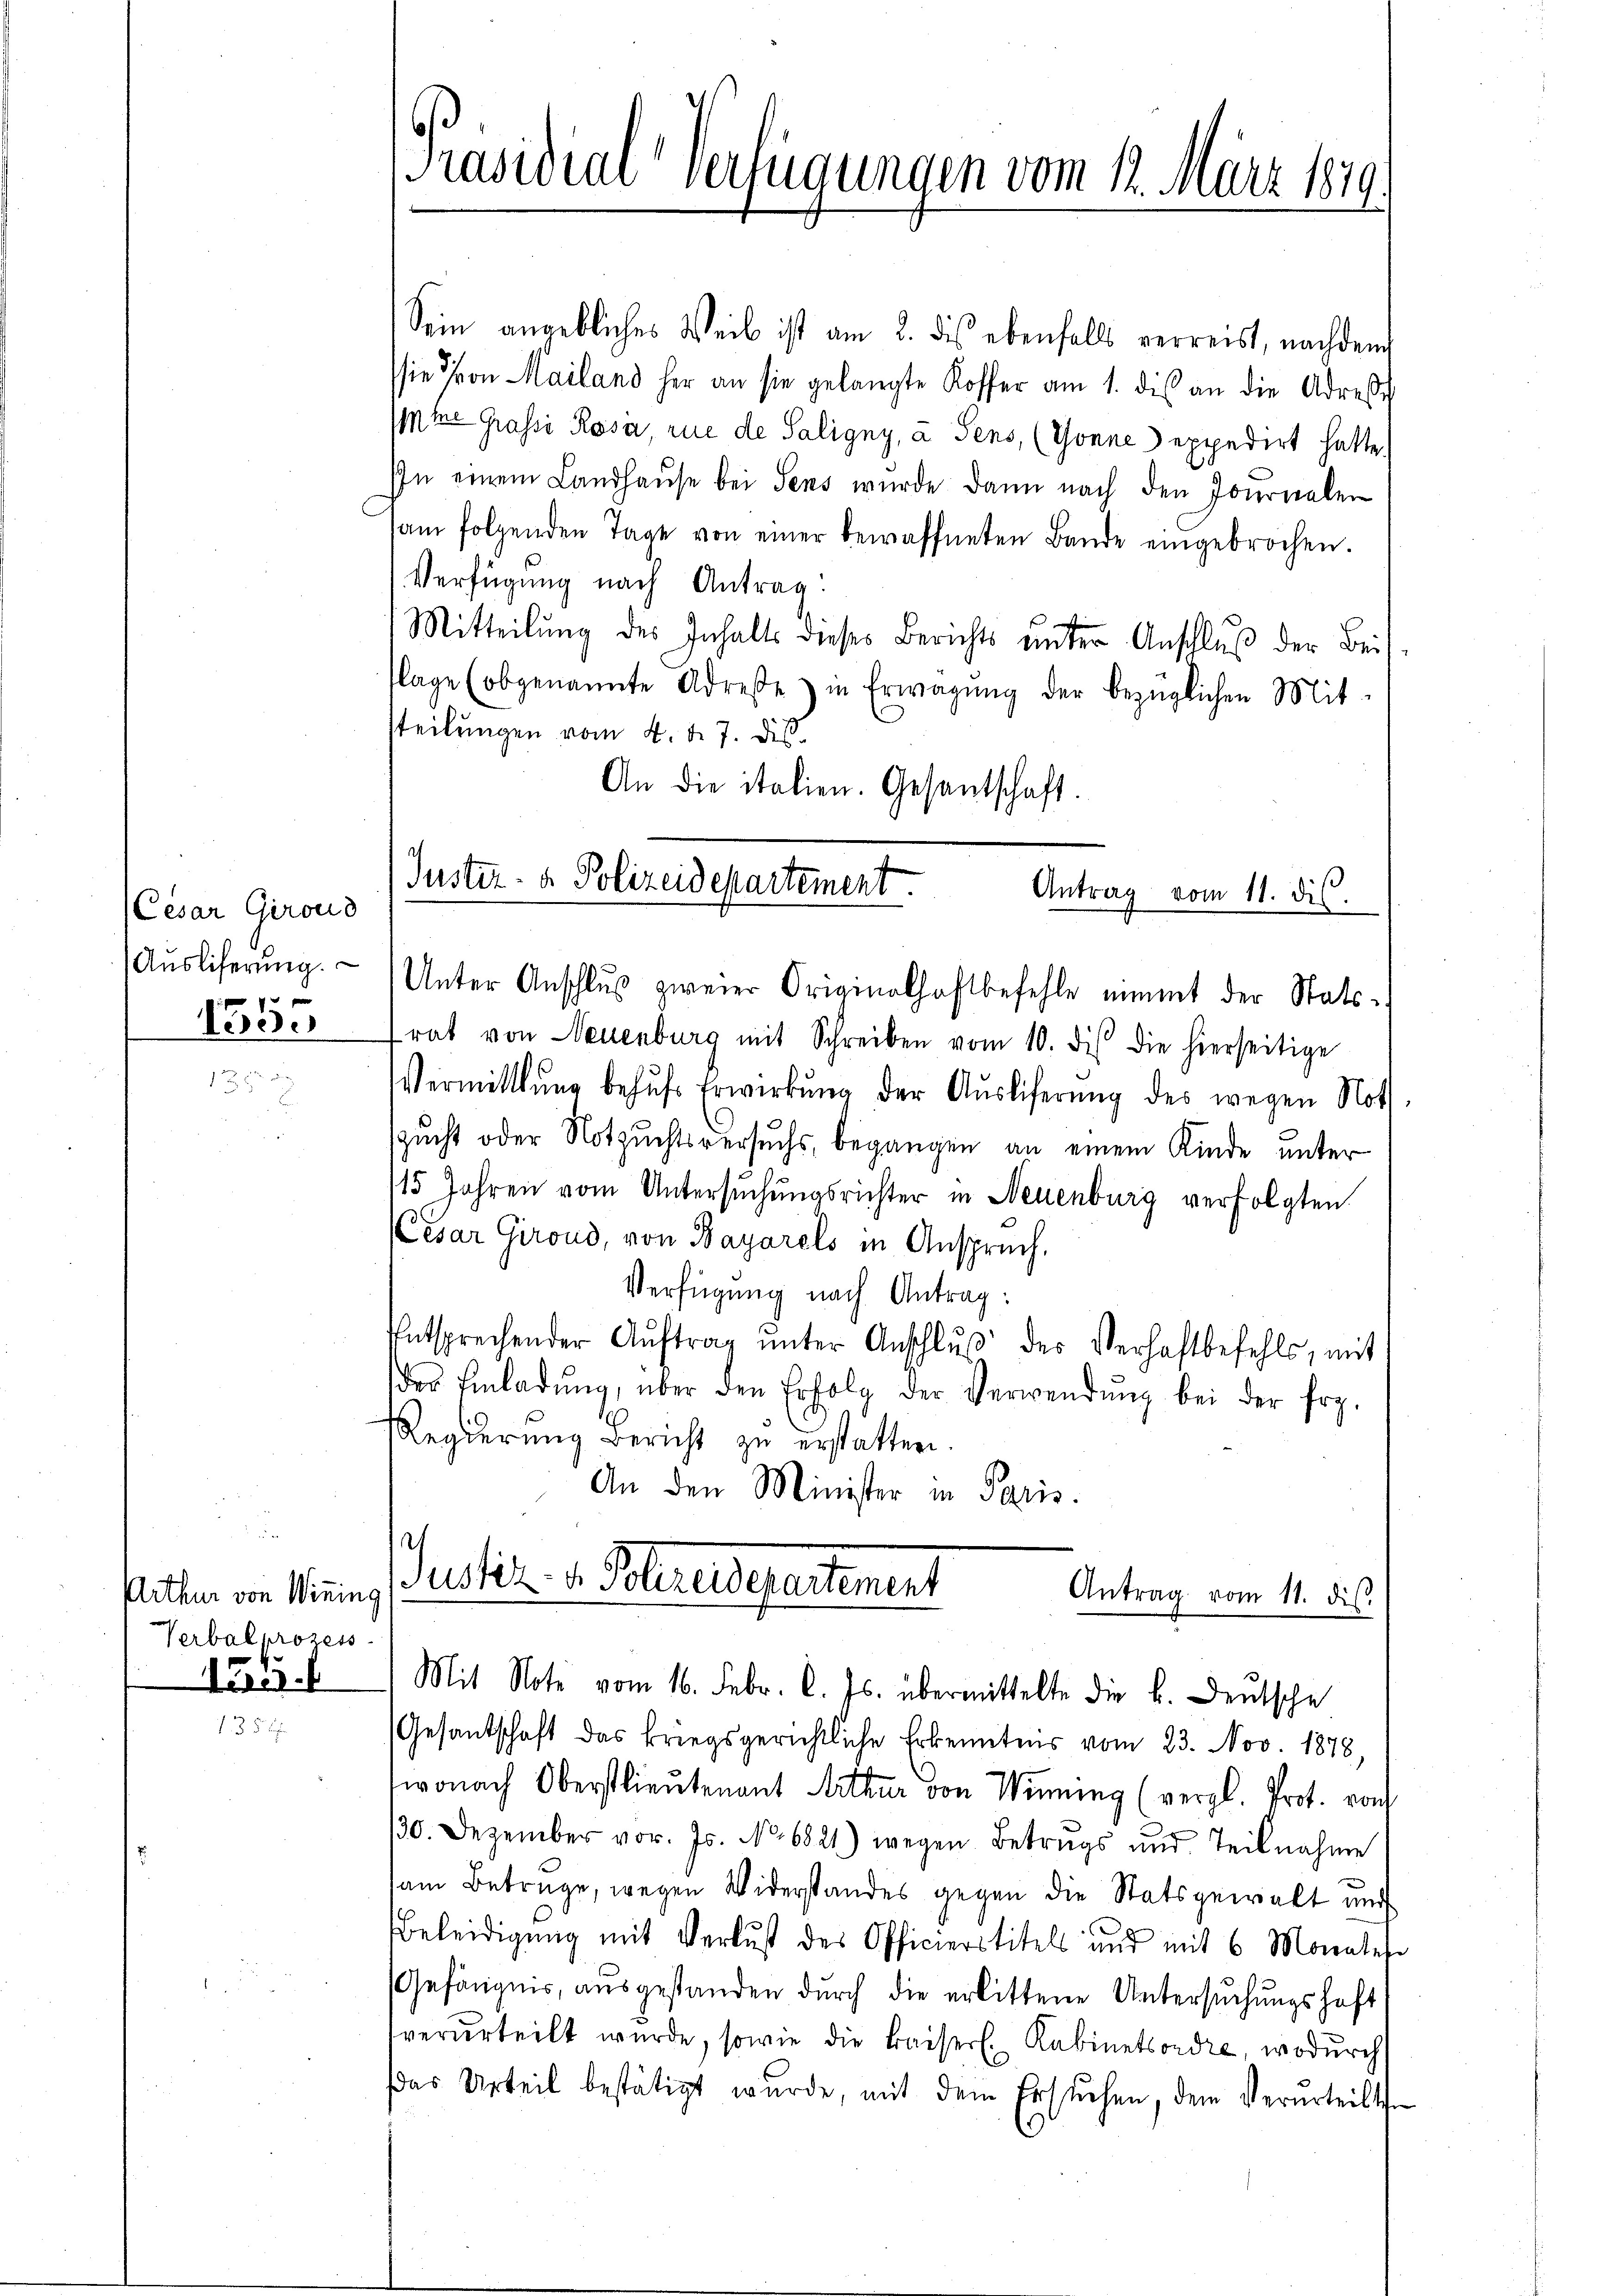
Cesar Girous
Ausliferung.
n
133.

Arthur von Wining
Verbalprozess
155.

Präsidial-Verfügungen vom 12. März 1879.

Justiz- & Polizeidepartement.
Antrag vom 11. dis.

Sein angebliches Weib ist am 2. dies ebenfalls verreist, nachdem
sie Thron Mailand her an sie gelangte Koffer am 1. dis an die Adress
ine Grassi Rosa, rue de Saligny, a Sens, (Tonne expedirt hatte.
In einem Landhaŭse bei Sens wurde dann nach den Journalen
am folgenden Tage von einer bewaffneten Bande eingebrochen.
Verfügung nach Antrag.
Mitteilŭng des Inhalts dieses Berichts ŭnter Anschlŭβ der Bei
Plage (obgenannte Adresse) in Erwägŭng der bezüglichen Mit-
steilungen vom 4. d. 7. dis¬
An die italien. Gesantschaft.
Unter Anschlŭβ zweier Originalhaftbefehle nimmt der Stats-
rat von Neuenburg mit Schreiben vom 10. dis die hierseitige
Vermittlung behŭfs Erwirkung der Auslieferung des wegen Noth
szucht oder Notzuchtsversuchs, begangen an einem Kinde unter
115 Jahren vom Untersuchungsrichter in Neuenburg verfolgten
Cesar Giroud, von Bayarels in Anspruch.
Verfügung nach Antrag:
entsprechender Aŭftrag ŭnter Anschlŭβ des Verhaftbefehls, mit
des Einladŭng über den Erfolg der Verwendŭng bei der Erg
Regierung Bericht zu erstatten.
An den Minister in Paris.
e
Justiz- u. Polereidepartement
Antrag vom 11. dis.
Mit Note vom 16. Febr. l. Js. übermittelte die k. Deutsche
Gesantschaft das kriegsgerichtliche Erkenntnis vom 23. Nov. 1878,
wonach Oberstlieutenant Mitter von Winnung (vergl. Prot. von
30. Dezember vor. Js. No. 6821) wegen Betrugs und Teilnahme
am Betrüge, wegen Widerstandes gegen die Statsgewalt und
Beleidigung mit Verlust des Officierstitels und mit 6 Monates
Gefängnis, ausgestanden durch die erlittene Untersŭchŭngshaft
verurteilt wurde, sowie die Baiserl. Kabinetsordre, wodurch
das Urteil bestätigt wurde, mit dem Ersŭchen, dem Verurteilt